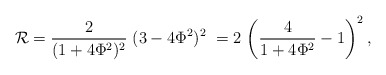
\begin{align*}{\cal R}={\frac 2{(1+4\Phi ^2)^2}\;}(3-4\Phi ^2)^2\;=2\,\left( {\frac4{1+4\Phi ^2}-1}\right) ^2,\end{align*}